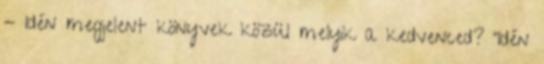
- Idén megjelent könyvek közül melyik a kedvenced? "Idén